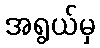
အရွယ်မှ